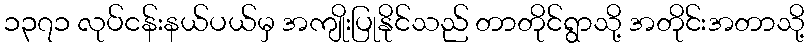
၁၃၇၁ လုပ်ငန်းနယ်ပယ်မှ အကျိုးပြုနိုင်သည် တာတိုင်ရွာသို့ အတိုင်းအတာသို့